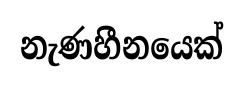
නැණහීනයෙක්